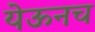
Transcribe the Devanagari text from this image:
येऊनच